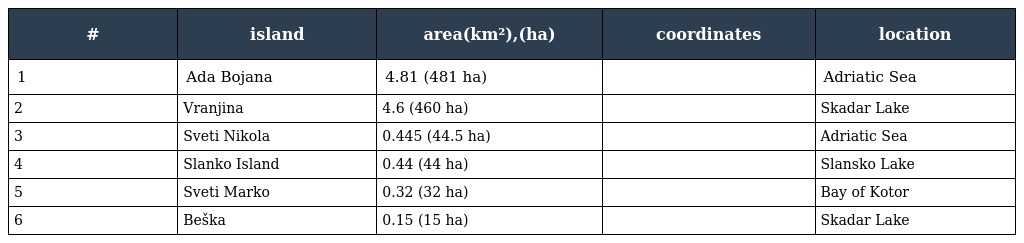
| # | island | area(km²),(ha) | coordinates | location |
 | --- | --- | --- | --- | --- |
 | 1 | Ada Bojana | 4.81 (481 ha) |  | Adriatic Sea |
 | 2 | Vranjina | 4.6 (460 ha) |  | Skadar Lake |
 | 3 | Sveti Nikola | 0.445 (44.5 ha) |  | Adriatic Sea |
 | 4 | Slanko Island | 0.44 (44 ha) |  | Slansko Lake |
 | 5 | Sveti Marko | 0.32 (32 ha) |  | Bay of Kotor |
 | 6 | Beška | 0.15 (15 ha) |  | Skadar Lake |